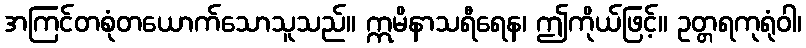
အကြင်တစုံတယောက်သောသူသည်။ ဣမိနာသရီရေန၊ ဤကိုယ်ဖြင့်။ ဥတ္တရကုရုံဝါ၊